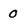
Character: O